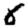
Digit: 8